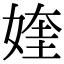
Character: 㛻